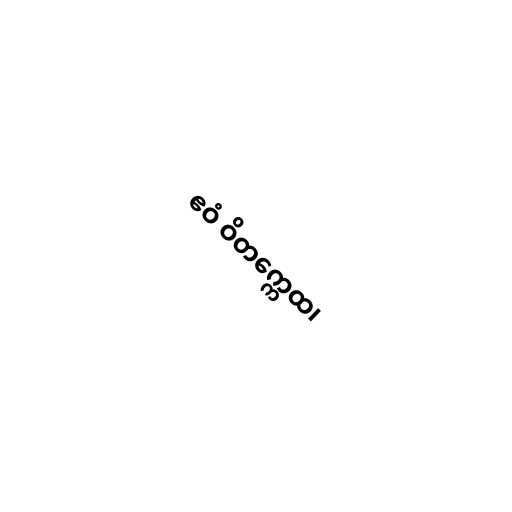
ဧဝံ ဝိတက္ကေထ၊